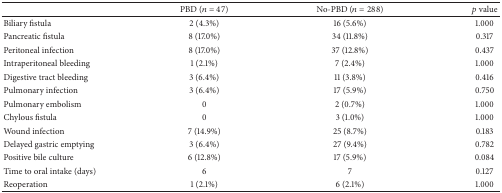
|  | PBD (n = 47) | No-PBD (n = 288) | p value |
 | --- | --- | --- | --- |
 | Biliary fistula | 2 (4.3%) | 16 (5.6%) | 1.000 |
 | Pancreatic fistula | 8 (17.0%) | 34 (11.8%) | 0.317 |
 | Peritoneal infection | 8 (17.0%) | 37 (12.8%) | 0.437 |
 | Intraperitoneal bleeding | 1 (2.1%) | 7 (2.4%) | 1.000 |
 | Digestive tract bleeding | 3 (6.4%) | 11 (3.8%) | 0.416 |
 | Pulmonary infection | 3 (6.4%) | 17 (5.9%) | 0.750 |
 | Pulmonary embolism | 0 | 2 (0.7%) | 1.000 |
 | Chylous fistula | 0 | 3 (1.0%) | 1.000 |
 | Wound infection | 7 (14.9%) | 25 (8.7%) | 0.183 |
 | Delayed gastric emptying | 3 (6.4%) | 27 (9.4%) | 0.782 |
 | Positive bile culture | 6 (12.8%) | 17 (5.9%) | 0.084 |
 | Time to oral intake (days) | 6 | 7 | 0.127 |
 | Reoperation | 1 (2.1%) | 6 (2.1%) | 1.000 |